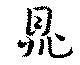
鼎